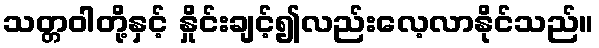
သတ္တဝါတို့နှင့် နှိုင်းချင့်၍လည်းလေ့လာနိုင်သည်။